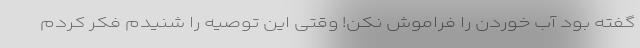
گفته بود آب خوردن را فراموش نکن! وقتی این توصیه را شنیدم فکر کردم